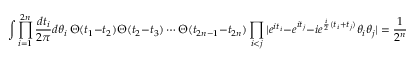
\int \prod _ { i = 1 } ^ { 2 n } { \frac { d t _ { i } } { 2 \pi } } d \theta _ { i } ~ \Theta ( t _ { 1 } - t _ { 2 } ) \Theta ( t _ { 2 } - t _ { 3 } ) \cdots \Theta ( t _ { 2 n - 1 } - t _ { 2 n } ) \prod _ { i < j } | e ^ { i t _ { i } } - e ^ { i t _ { j } } - i e ^ { \frac { i } { 2 } ( t _ { i } + t _ { j } ) } \theta _ { i } \theta _ { j } | = { \frac { 1 } { 2 ^ { n } } } ~ ,